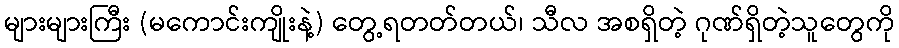
များများကြီး (မကောင်းကျိုးနဲ့) တွေ့ရတတ်တယ်၊ သီလ အစရှိတဲ့ ဂုဏ်ရှိတဲ့သူတွေကို